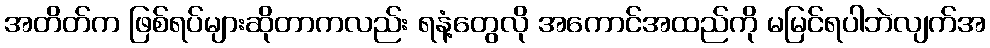
အတိတ်က ဖြစ်ရပ်များဆိုတာကလည်း ရနံ့တွေလို အကောင်အထည်ကို မမြင်ရပါဘဲလျက်အ